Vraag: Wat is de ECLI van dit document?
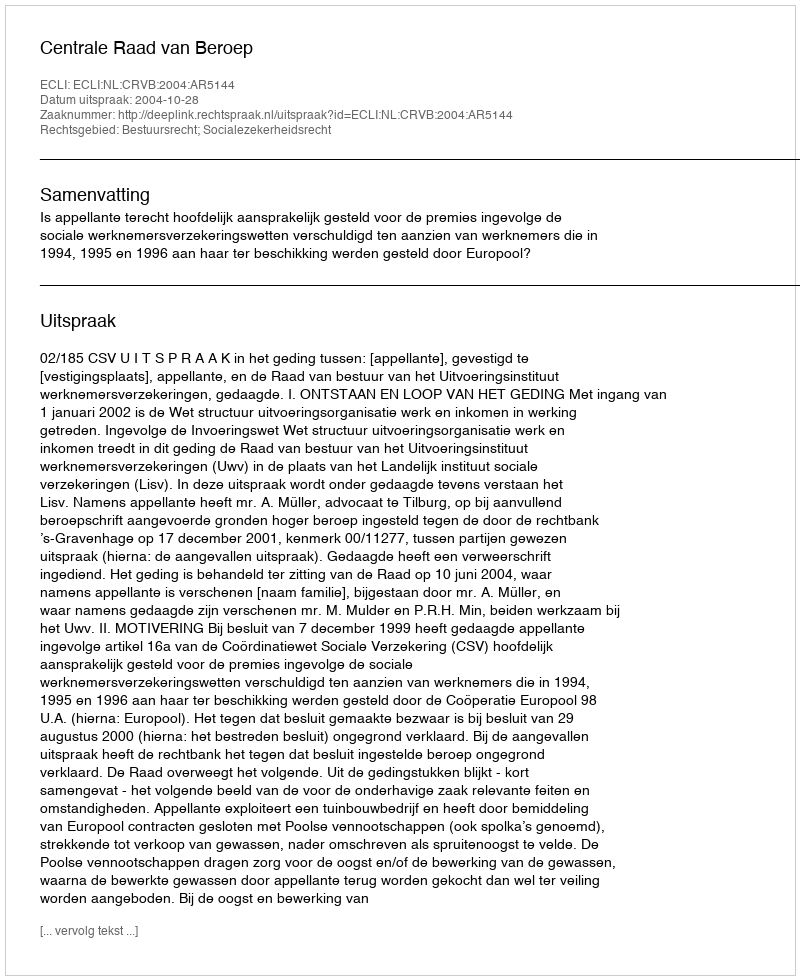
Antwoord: ECLI:NL:CRVB:2004:AR5144